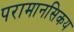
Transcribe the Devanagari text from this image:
परामानसिकय